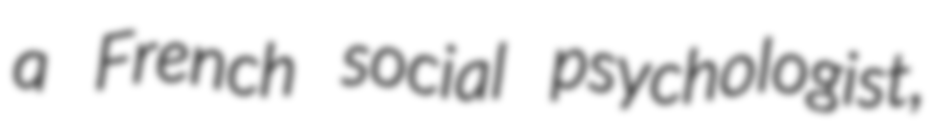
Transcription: a French social psychologist,